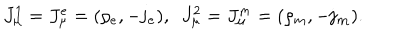
J _ { \mu } ^ { 1 } = J _ { \mu } ^ { e } = ( \rho _ { e } , - \mathbf { j _ { e } } ) , ~ ~ J _ { \mu } ^ { 2 } = J _ { \mu } ^ { m } = ( \rho _ { m } , - \mathbf { j _ { m } } ) .